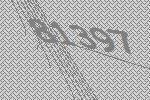
81397